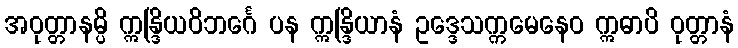
အဝုတ္တာနမ္ပိ ဣန္ဒြိယဝိဘင်္ဂေ ပန ဣန္ဒြိယာနံ ဥဒ္ဒေသက္ကမေနေဝ ဣဓာပိ ဝုတ္တာနံ